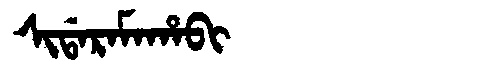
Manchu: ᠰᡳᡩᠠᡵᠠᠮᠠᡥᠠᠪᡳ
Romanization: SIDARAMAHABI